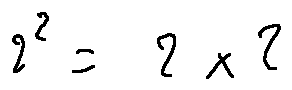
2 ^ { 2 } = 2 \times 2